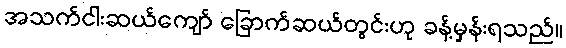
အသက်ငါးဆယ်ကျော် ခြောက်ဆယ်တွင်းဟု ခန့်မှန်းရသည်။